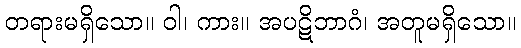
တရားမရှိသော။ ဝါ၊ ကား။ အပဋိဘာဂံ၊ အတူမရှိသော။